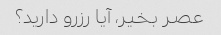
عصر بخیر، آیا رزرو دارید؟